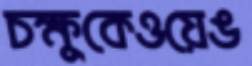
চক্ষুকেওয়েঙ